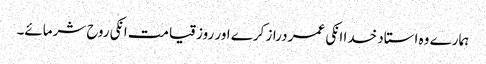
ہمارے وہ استاد خدا انکی عمر دراز کرے اور روز قیامت انکی روح شرمائے۔